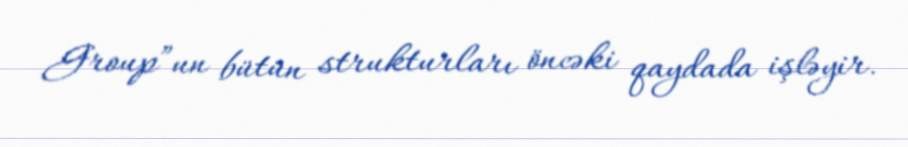
Group”un bütün strukturları öncəki qaydada işləyir.